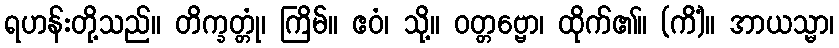
ရဟန်းတို့သည်။ တိက္ခတ္တုံ၊ ကြိမ်။ ဧဝံ၊ သို့။ ဝတ္တဗ္ဗော၊ ထိုက်၏။ (ကိံ)။ အာယသ္မာ၊